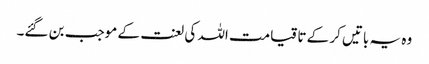
وہ یہ باتیں کر کے تا قیامت اللہ کی لعنت کے موجب بن گئے۔